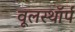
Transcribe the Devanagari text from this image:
वूलस्थॉर्प